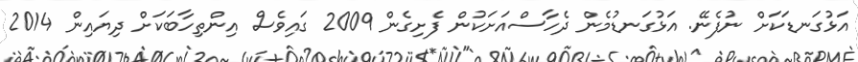
އަޅުގަނޑަކަށް ނުފެނޭ. އަޅުގަނޑުމެން ދެހާސްއަށަކުން ފެށިގެން 2009 ގައިވެސް އިންތިހާބަކަށް ދިޔައިން 2014